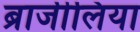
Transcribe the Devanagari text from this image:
ब्राजीलिया